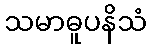
သမာဓူပနိသံ